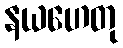
နယဟေတု